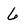
Character: 6